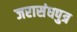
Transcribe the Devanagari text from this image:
जरासंधपुत्र